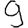
Digit: 9